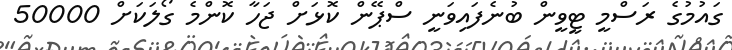
ގައުމުގެ ރަސްމީ ޓީވީން ބުނެފައިވަނީ ސްޕޭން ކޮޅަށް ޖަހާ ކޮންމެ ގޯލަކަށް 50000